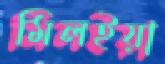
মিলইয়া